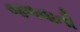
જળવાતી